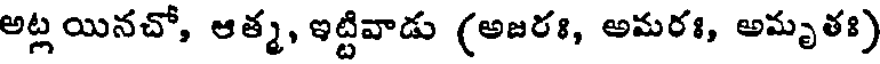
అట్ల యినచో, ఆత్మ, ఇట్టివాడు (అజరః, అమరః, అమృతః)